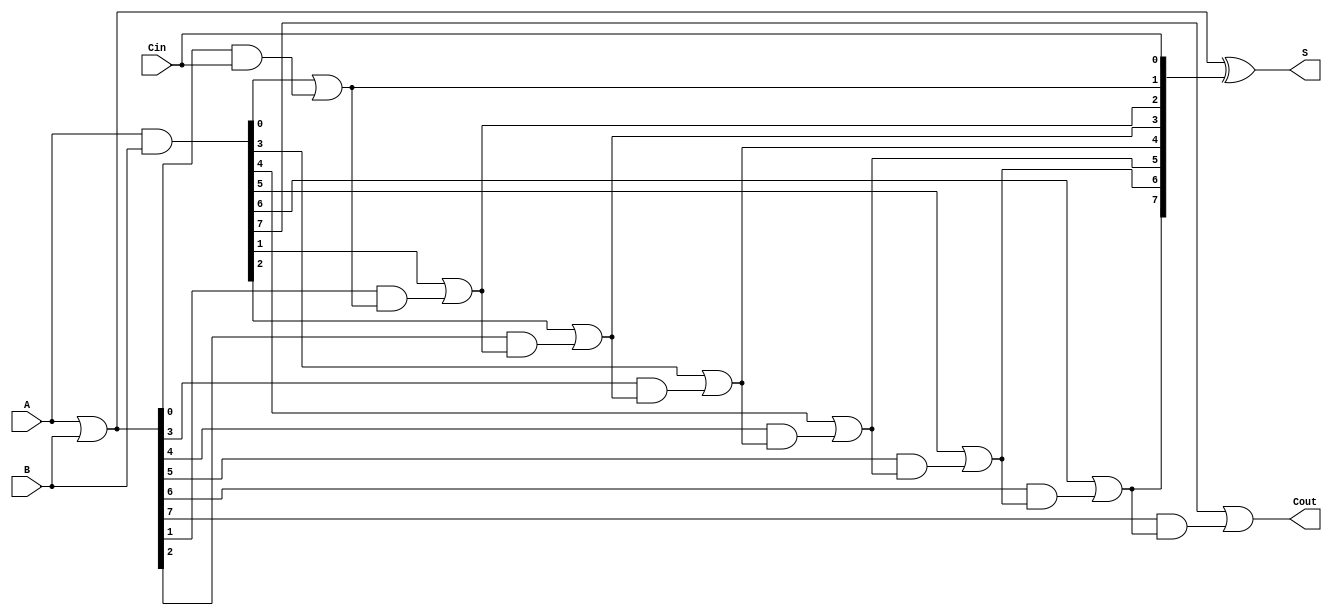
module KoggeStoneAdder #(
    parameter N = 8 // Width of the adder
)(
    input [N-1:0] A,       // First input
    input [N-1:0] B,       // Second input
    input Cin,             // Carry-in
    output [N-1:0] S,      // Sum output
    output Cout            // Carry-out
);

    wire [N-1:0] G; // Generate signals
    wire [N-1:0] P; // Propagate signals
    wire [N:0] C;    // Carry signals

    // Generate and Propagate signals
    assign G = A & B; // Generate
    assign P = A | B; // Propagate

    // Carry computation using Kogge-Stone logic
    assign C[0] = Cin; // Initial carry-in

    genvar i, j;
    generate
        // Stage 1
        for (i = 0; i < N; i = i + 1) begin : stage1
            if (i == 0) begin
                assign C[i+1] = G[i] | (P[i] & C[0]);
            end else begin
                assign C[i+1] = G[i] | (P[i] & C[i]);
            end
        end

        // Stage 2
        for (j = 0; j < N; j = j + 1) begin : stage2
            if (j > 0) begin
                assign C[j+1] = G[j] | (P[j] & C[j]);
            end
        end
    endgenerate

    // Sum calculation
    assign S = P ^ {C[N-1:0]}; // Sum bits
    assign Cout = C[N]; // Carry-out

endmodule